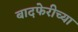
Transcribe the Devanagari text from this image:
बादफेरीच्या